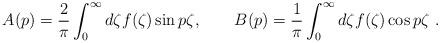
LaTeX: \begin{align*}A(p)=\frac2\pi \int^\infty_0 d\zeta f(\zeta)\sin p\zeta, \qquad B(p) =\frac1\pi\int^\infty_0 d\zeta f(\zeta)\cos p\zeta\ .\end{align*}